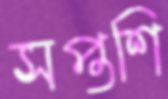
সপ্তশি